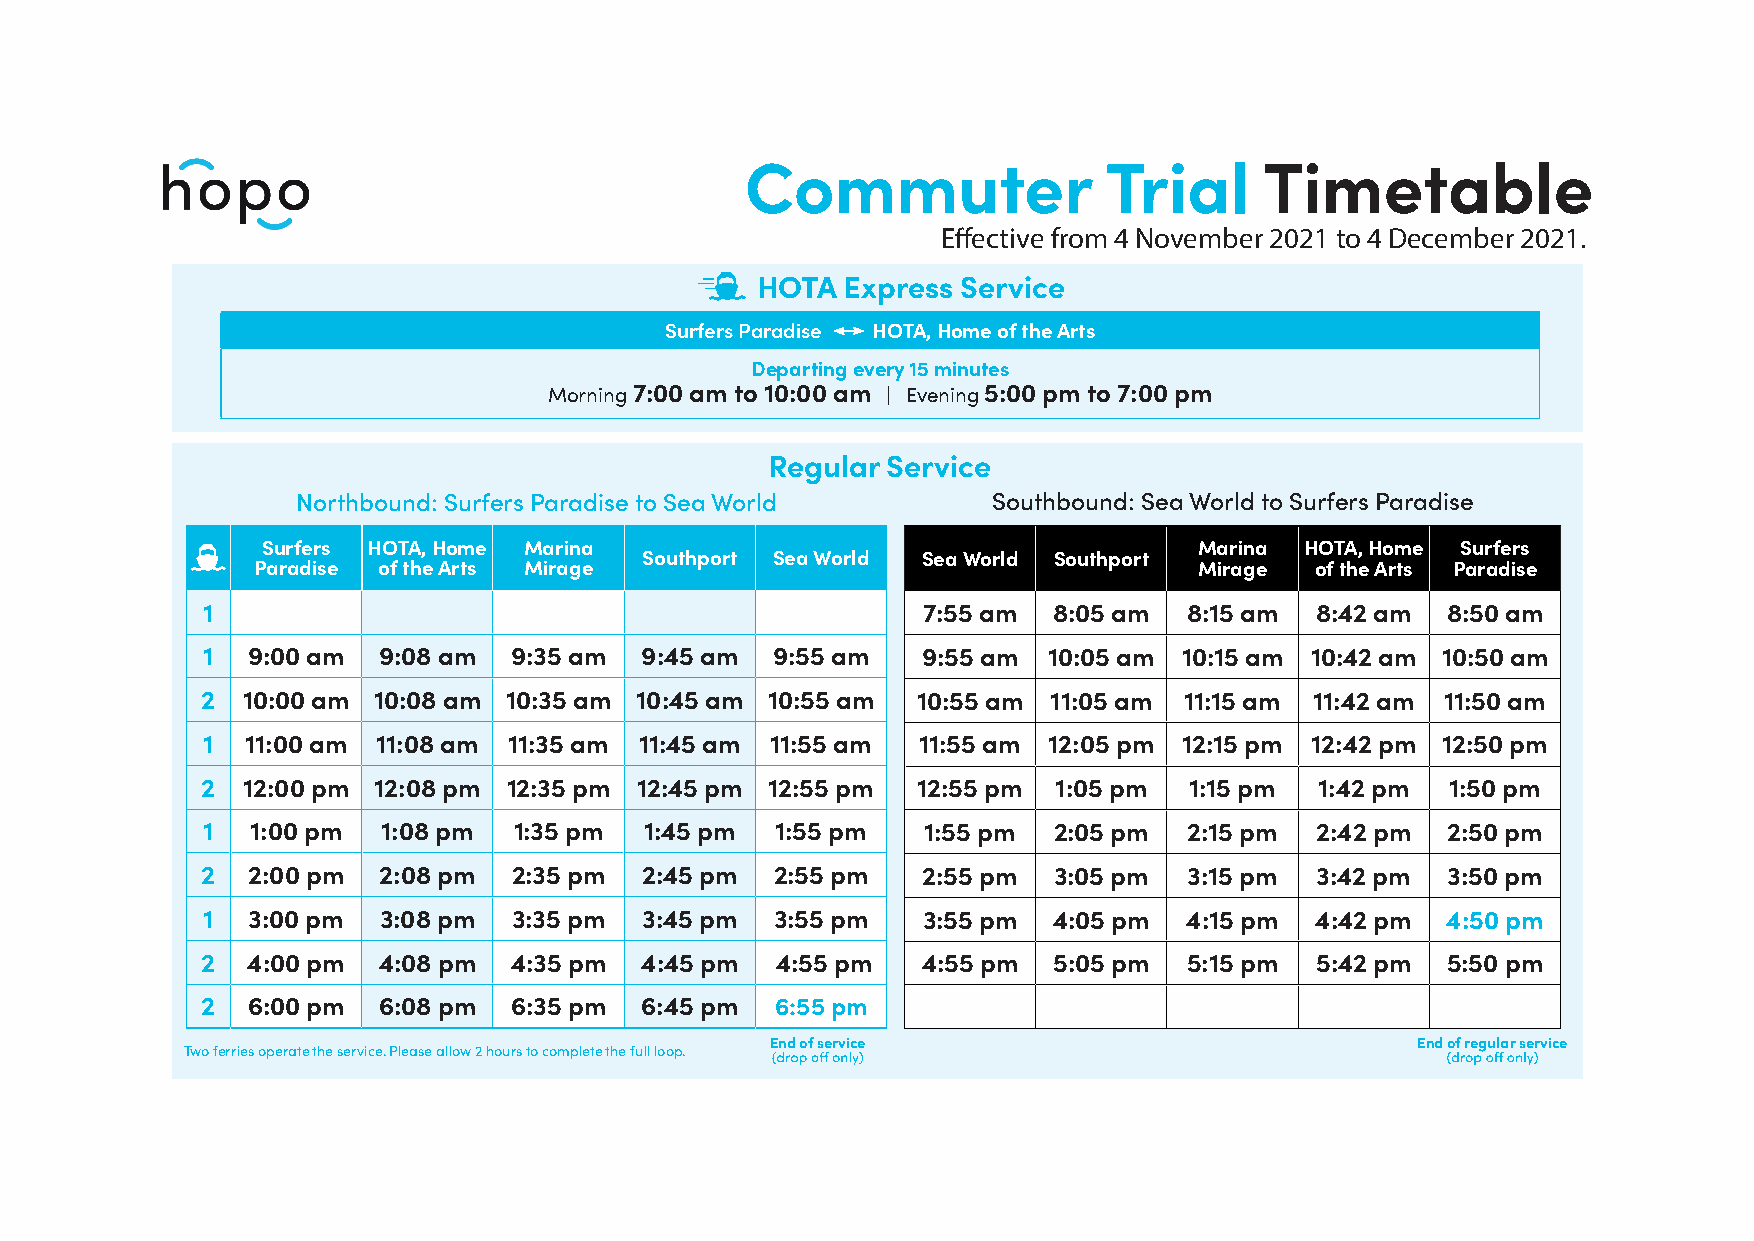
Commuter                Trial      Timetable
 Effective from 4 November 2021 to 4 December 2021.
 HOTA  Express Service
 Surfers Paradise HOTA, Home of the Arts
 Departing every 15 minutes
 Morning 7:00 am to 10:00 am | Evening 5:00 pm to 7:00 pm
 Regular Service
 Northbound: Surfers Paradise to Sea World     Southbound: Sea World to Surfers Paradise
 Surfers HOTA, Home Marina                                     Marina HOTA, Home Surfers
 Southport Sea World Sea World Southport
 Paradise of the Arts Mirage                                   Mirage  of the Arts Paradise
 1                                               7:55 am  8:05 am  8:15 am 8:42 am  8:50 am
 1  9:00 am  9:08 am  9:35 am 9:45 am  9:55 am   9:55 am 10:05 am 10:15 am 10:42 am 10:50 am
 2  10:00 am 10:08 am 10:35 am 10:45 am 10:55 am 10:55 am 11:05 am 11:15 am 11:42 am 11:50 am
 1  11:00 am 11:08 am 11:35 am 11:45 am 11:55 am 11:55 am 12:05 pm 12:15 pm 12:42 pm 12:50 pm
 2  12:00 pm 12:08 pm 12:35 pm 12:45 pm 12:55 pm 12:55 pm 1:05 pm  1:15 pm 1:42 pm  1:50 pm
 1   1:00 pm 1:08 pm  1:35 pm  1:45 pm 1:55 pm   1:55 pm  2:05 pm  2:15 pm 2:42 pm  2:50 pm
 2  2:00 pm  2:08 pm  2:35 pm  2:45 pm 2:55 pm   2:55 pm  3:05 pm  3:15 pm 3:42 pm  3:50 pm
 1  3:00 pm  3:08 pm  3:35 pm  3:45 pm 3:55 pm   3:55 pm  4:05 pm  4:15 pm 4:42 pm  4:50 pm
 2  4:00 pm  4:08 pm  4:35 pm 4:45 pm  4:55 pm   4:55 pm  5:05 pm  5:15 pm 5:42 pm  5:50 pm
 2  6:00 pm  6:08 pm  6:35 pm 6:45 pm  6:55 pm
 End of service                             End of regular service
 Two ferries operate the service. Please allow 2 hours to complete the full loop.